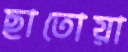
ছাতোয়া